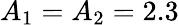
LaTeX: A_{1}=A_{2}=2.3